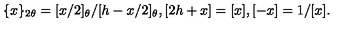
\{ x \} _ { 2 \theta } = [ x / 2 ] _ { \theta } / [ h - x / 2 ] _ { \theta } , [ 2 h + x ] = [ x ] , [ - x ] = 1 / [ x ] .